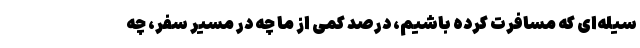
سیله‌ای که مسافرت کرده باشیم، درصدِ کمی از ما چه در مسیرِ سفر، چه